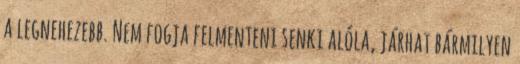
a legnehezebb. Nem fogja felmenteni senki alóla, járhat bármilyen